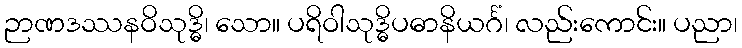
ဉာဏဒဿနဝိသုဒ္ဓိ၊ သော။ ပရိဝါသုဒ္ဓိပဓာနိယင်္ဂံ၊ လည်းကောင်း။ ပညာ၊